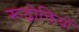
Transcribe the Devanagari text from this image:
रूढ़ोक्तियों